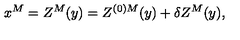
x ^ { M } = Z ^ { M } ( y ) = Z ^ { ( 0 ) M } ( y ) + \delta Z ^ { M } ( y ) ,